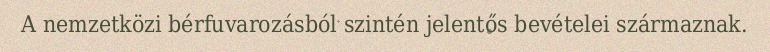
A nemzetközi bérfuvarozásból szintén jelentős bevételei származnak.